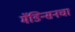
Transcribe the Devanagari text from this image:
मॅडिन्सनचा